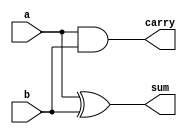
//Semisumador de dos entradas de 1 bit realizado con sentencia always

module ha_v4(output reg sum, output reg carry, input wire a, input wire b);

// construccin always (procedural), las asignaciones deben ser a variables con
// estado ('sum' y carry ahora son de tipo reg)

always @(a, b) //alternativamente, always @(a or b)
               // o always @* (automtico, considera todas las var. que intervienen)
begin  //always
  sum = a ^ b;
  carry = a & b;
end    //always

endmodule